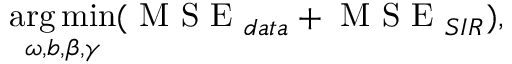
\operatorname * { a r g \, m i n } _ { \omega , b , \beta , \gamma } ( \mathrm { ~ M ~ S ~ E ~ } _ { d a t a } + \mathrm { ~ M ~ S ~ E ~ } _ { S I R } ) ,